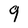
Character: 9